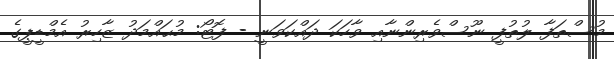
މުސްތަފާ ލުތުފީ ނޫސްވެރިންނާއި ވާހަކަ ދައްކަވަނީ - ފޮޓޯ: މުޙައްމަދު ޒާހިރު އެމްޑީޕީގެ